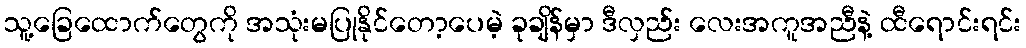
သူ့ခြေထောက်တွေကို အသုံးမပြုနိုင်တော့ပေမဲ့ ခုချိန်မှာ ဒီလှည်း လေးအကူအညီနဲ့ ထီရောင်းရင်း